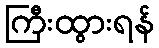
ကြီးထွားရန်